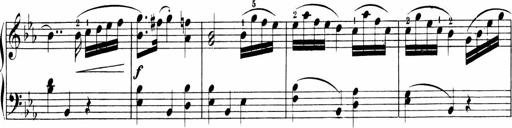
Title: 6 Sonatinas
Composer: Carl Reinecke